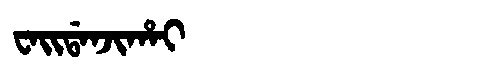
Manchu: ᠸᠠᡳᡩᠠᠨᠵᡳᡥᠠᡳ
Romanization: WAIDANJIHAI